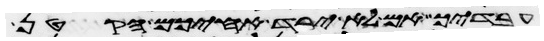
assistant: עבדיך אם לא ירד אחיכם הקטן